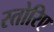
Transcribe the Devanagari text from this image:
स्तोरिए